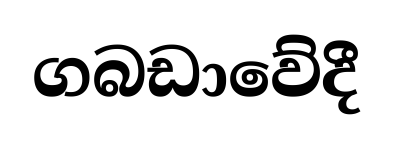
ගබඩාවේදී